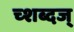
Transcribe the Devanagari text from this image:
च्शब्दज्